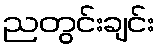
ညတွင်းချင်း